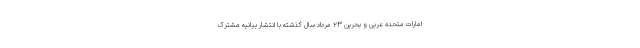
امارات متحده عربی و بحرین ۲۳ مرداد سال گذشته با انتشار بیانیه مشترک